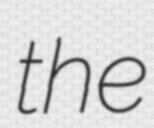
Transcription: the